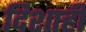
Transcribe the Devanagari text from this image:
दिशाही